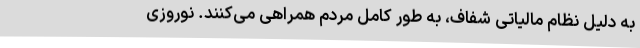
به دلیل نظام مالیاتی شفاف، به طور کامل مردم همراهی می‌کنند. نوروزی